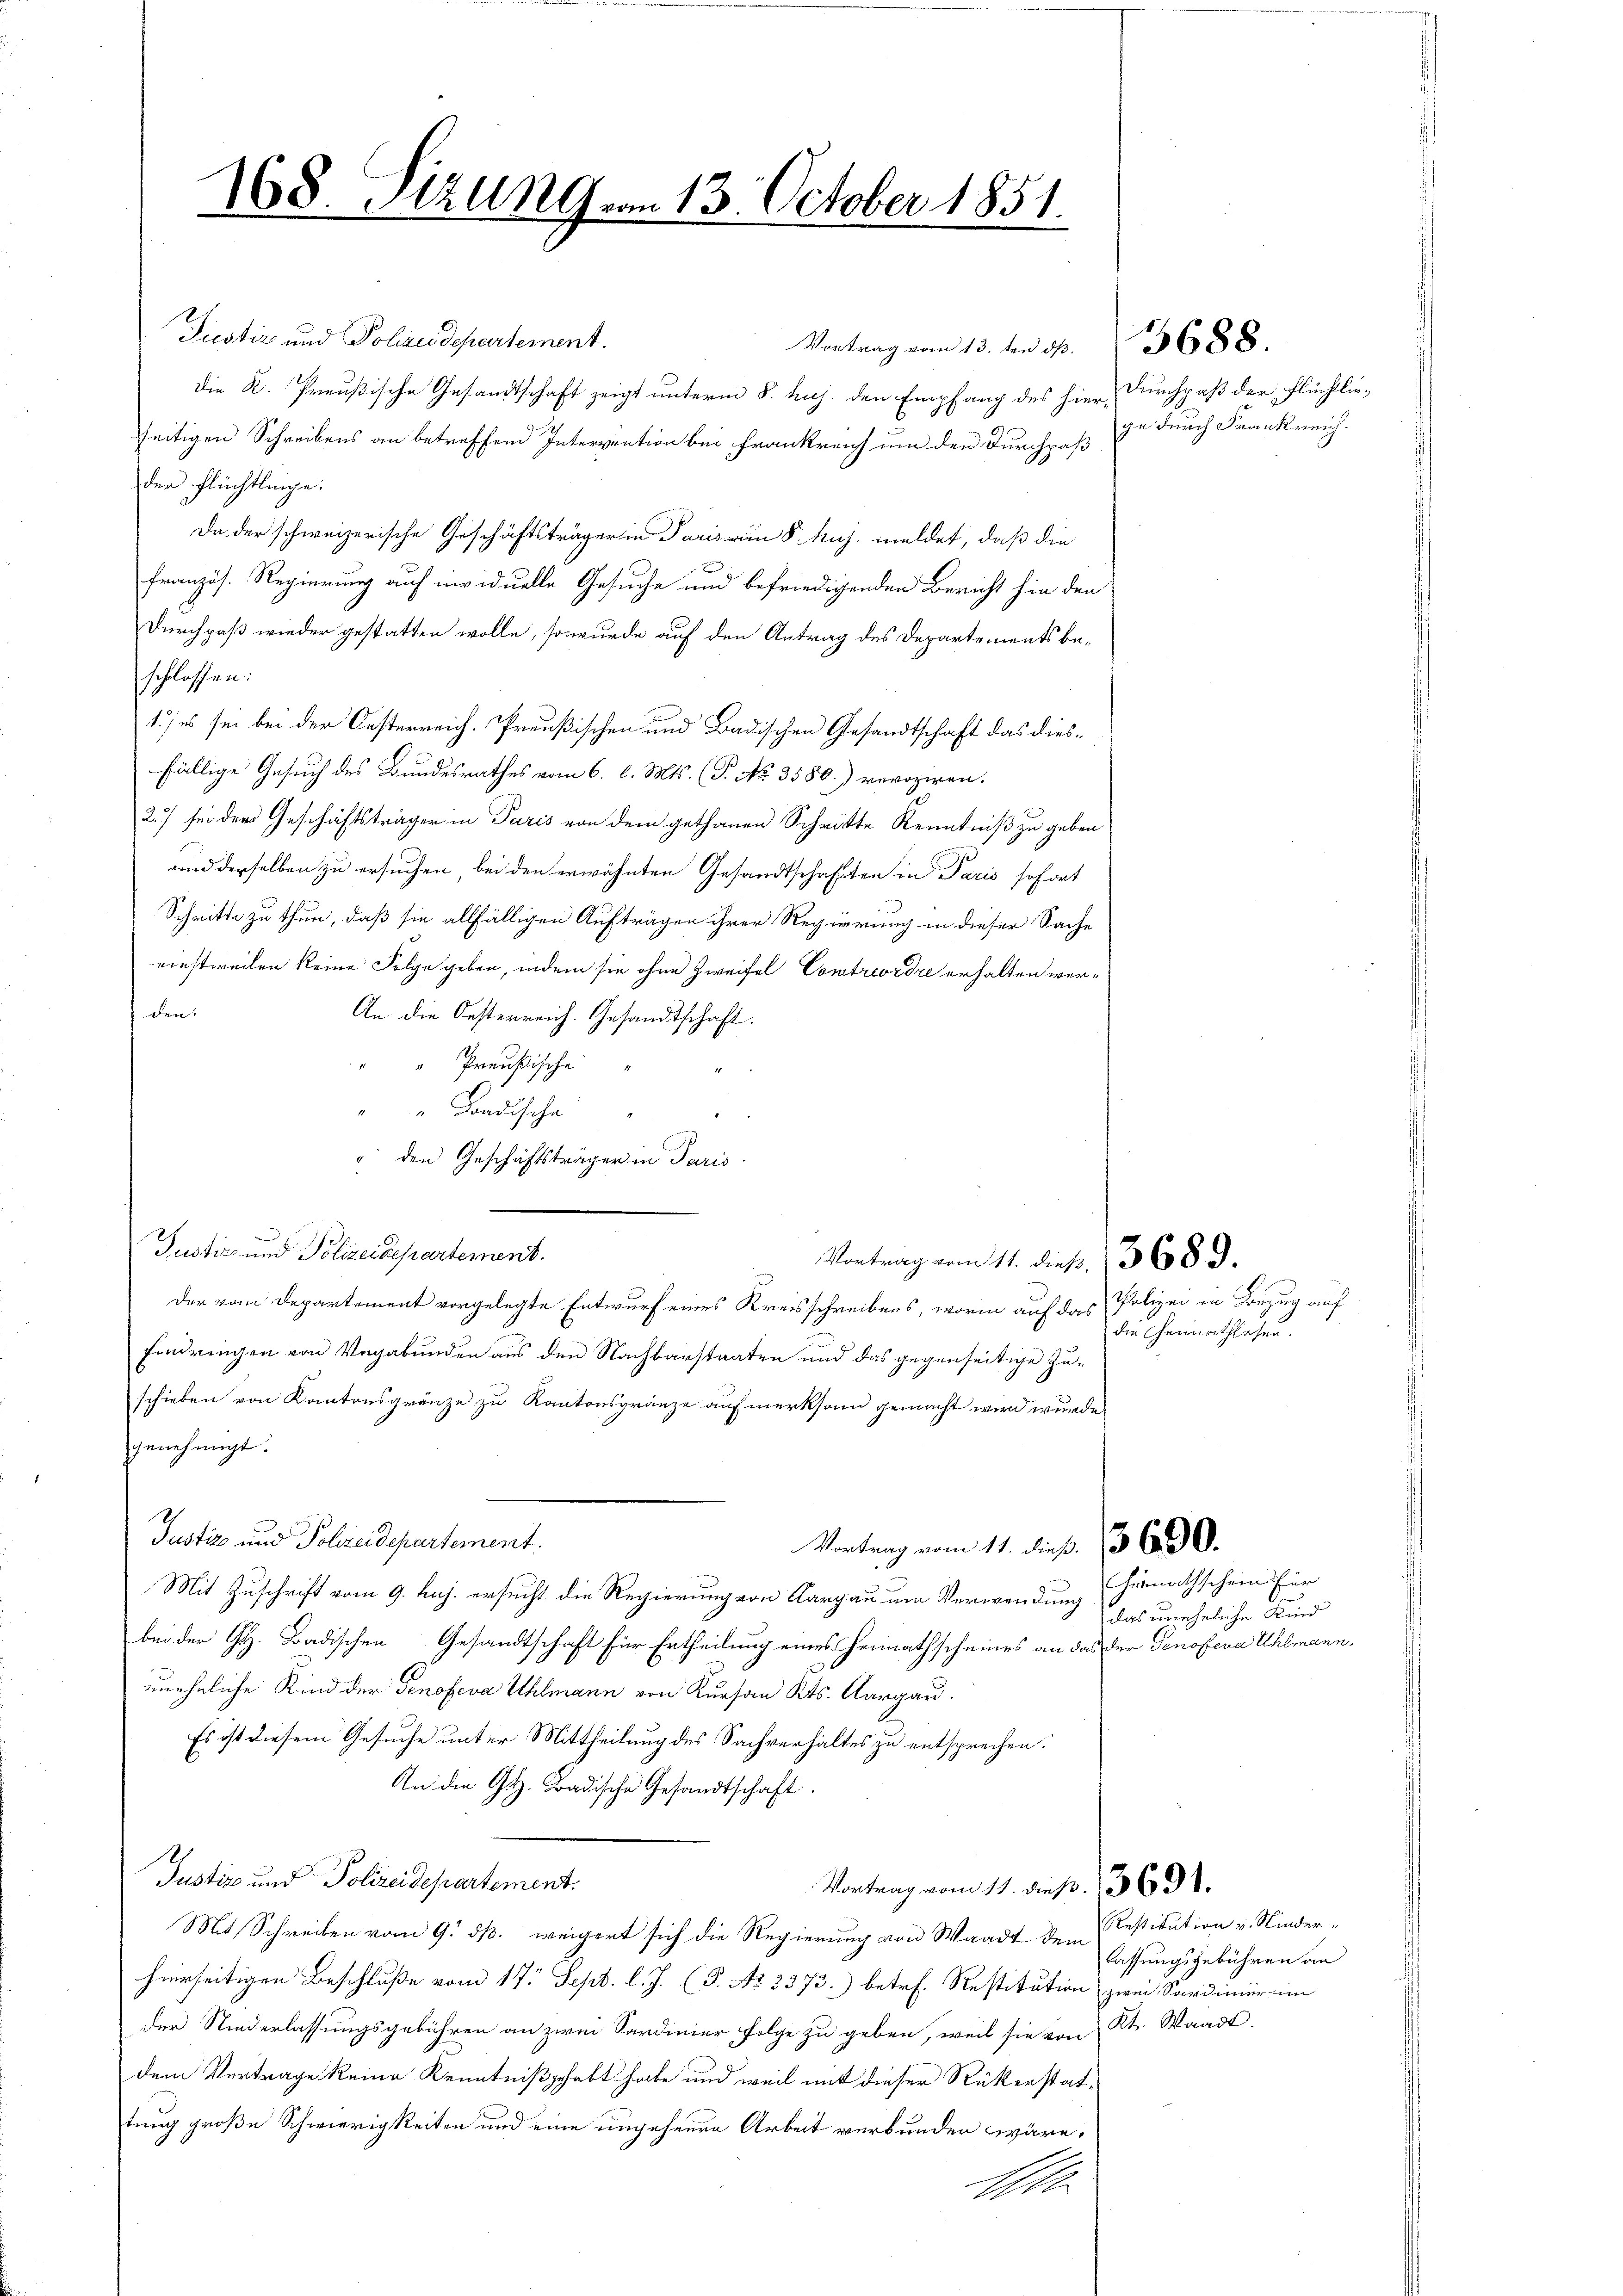
168. Sizung vom 13. October 1851.

Justiz und Polizeidepartement.
die K. Preußische Gesandtschaft zeigt unterm 8. huj. den Empfang des hier Durchpaß der Flüchtliezeitigen Schreibens an betreffend Interpration bei Frankreich um den Durchpaß die durch Frankreich-
der Flüchtlinge.
Da der schweizerische Geschäftsträger in Paris von 8. huj. meldet, daß die
Französ. Regierung auf nividuelle Gesuche und befriedigenden Bericht hin den
Durchpaß wieder gestatten wolle, so wurde auf den Antrag des Departements be-
schlossen:
1.) es sei bei der Oesterreich. Preußischen und Badischen Gesandtschaft das diesfällige Gesuch des Bundesrathes vom 6. l. Mts. (T. No. 3580.) revoziren.
2.) sei der Geschäftsträger in Paris von dem gethanen Schritte Kenntniß zu geben
und derselben zu ersuchen, bei den erwähnten Gesandtschafften in Paris sofort
Schritte zu thun, daß sie allfälligen Aufträgen ihrer Regierung in dieser Sache
einstweilen keine Folge geben, indem sie ohne Zweifel Contreordre erhalten werden:
An die Oesterreich. Gesandtschaft.
Preußische
"Badische
e
" den Geschäftsträger in Paris
Justiz und Polizeidepartement.
Vortrag vom 11. dieß. 13689.
Der vom Departement vorgelegte Entwurf eines Kreisschreibens, worin auf das
Eindringen von Vagabunden aus den Nachbarstaaten und das gegenseitige Zuschieben von Kantonsgränze zu Kantonsgränze aufmerksam gemacht wird wurde.
genehmigt.
Justiz und Polizeidepartement.
Vortrag vom 11. dieß. 13690.
Mit Zuschrift vom 9. huj. ersucht die Regierung von Aargau um Verwendung heimathschein für
bei der H. Badischen Gesandtschaft für Ertheilung eines Heimathscheines an das der Genossera Uhlmann,
uneheliche Kind der Genofeva Uhlmann von Kursau Kts. Aargau.
Es ist diesem Gesuche unter Mittheilung des Sachverhältes zu entsprechen.
An die G. H. Badische Gesandtschaft
Justiz und Polizeidepartement.
Vortrag vom 11. dieß. 3691.
Mit Schreiben vom 9. ds. weigert sich die Regierung von Waadt dem Restitution v. Nieder-
hierseitigen Beschluße vom 17. Sept. l. J. (T. No 3373.) betr. Restitution zwei Sardinier im
Der Niederlassungsgebühren an zwei Sardinier Folge zu geben, weil sie von Kt. Waadt,
dem Vertrage keine Kenntniß gehabt habe und weil mit dieser Rükerstattung große Schwierigkeiten und eine ungehenen Arbeit verbunden wäre,
h

Vortrag vom 13. ten dß.

3688.

Polizei in Bezug auf
die Heimathlosen.

das unehrliche Kind

lassungsgebühren an